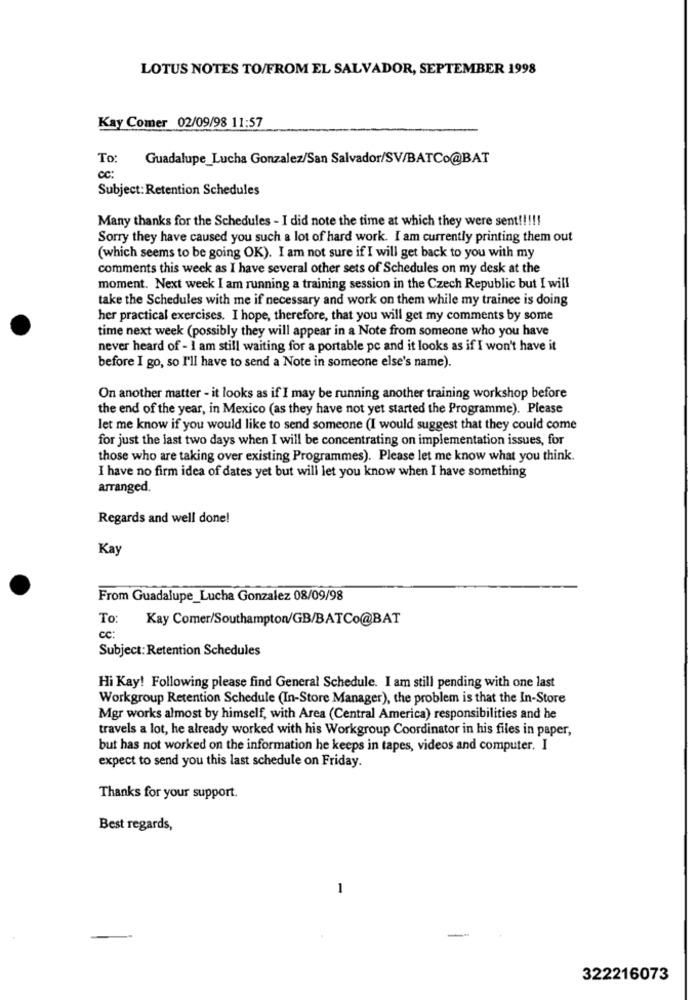
LOTUS NOTES TO/FROM EL SALVADOR, SEPTEMBER 1998
Kay Comer 02/09/98 11:57
To:
Guadalupe_Lucha Gonzalez/San Salvador/SV/BATCo@BAT
cc:
Subject: Retention Schedules
Many thanks for the Schedules - I did note the time at which they were sent !!!!!
Sorry they have caused you such a lot of hard work. I am currently printing them out
(which seems to be going OK). I am not sure if I will get back to you with my
comments this week as I have several other sets of Schedules on my desk at the
moment. Next week I am running a training session in the Czech Republic but I will
take the Schedules with me if necessary and work on them while my trainee is doing
her practical exercises. I hope, therefore, that you will get my comments by some
time next week (possibly they will appear in a Note from someone who you have
never heard of - I am still waiting for a portable pc and it looks as if I won't have it
before I go, so I'll have to send a Note in someone else's name).
On another matter - it looks as if I may be running another training workshop before
the end of the year, in Mexico (as they have not yet started the Programme). Please
let me know if you would like to send someone (I would suggest that they could come
for just the last two days when I will be concentrating on implementation issues, for
those who are taking over existing Programmes). Please let me know what you think.
I have no firm idea of dates yet but will let you know when I have something
arranged.
Regards and well done!
Kay
From Guadalupe_Lucha Gonzalez 08/09/98
To:
Kay Comer/Southampton/GB/BATCo@BAT
cc:
Subject: Retention Schedules
Hi Kay! Following please find General Schedule. I am still pending with one last
Workgroup Retention Schedule (In-Store Manager), the problem is that the In-Store
Mgr works almost by himself, with Area (Central America) responsibilities and he
travels a lot, he already worked with his Workgroup Coordinator in his files in paper,
but has not worked on the information he keeps in tapes, videos and computer. I
expect to send you this last schedule on Friday.
Thanks for your support.
Best regards,
-
322216073